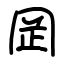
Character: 𫝍